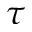
\tau